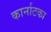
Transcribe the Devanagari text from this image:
कार्नाटका